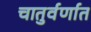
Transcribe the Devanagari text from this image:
चातुर्वर्णात